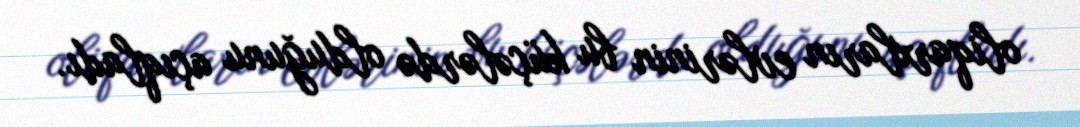
oliqarxların evlərinin bu küçələrdə olduğunu açıqladı.